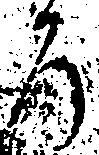
ろ